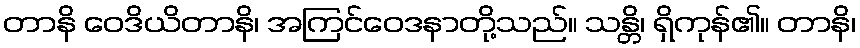
တာနိ ဝေဒိယိတာနိ၊ အကြင်ဝေဒနာတို့သည်။ သန္တိ၊ ရှိကုန်၏။ တာနိ၊